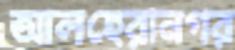
আলহেরানগর